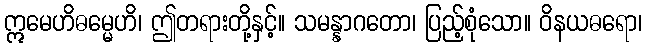
ဣမေဟိဓမ္မေဟိ၊ ဤတရားတို့နှင့်။ သမန္နာဂတော၊ ပြည့်စုံသော။ ဝိနယဓရော၊